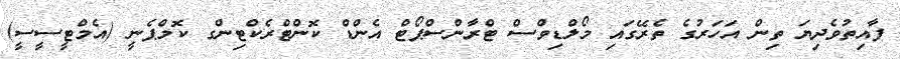
ފާއިތުވެދިޔަ ތިން އަހަރުގެ ތެރޭގައި މޯލްޑިވްސް ޓްރާންސްޕޯޓް އެންޑް ކޮންޓްރެކްޓިންގ ކޮމްޕެނީ (އެމްޓީސީސީ)